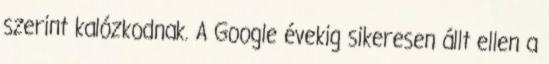
szerint kalózkodnak. A Google évekig sikeresen állt ellen a